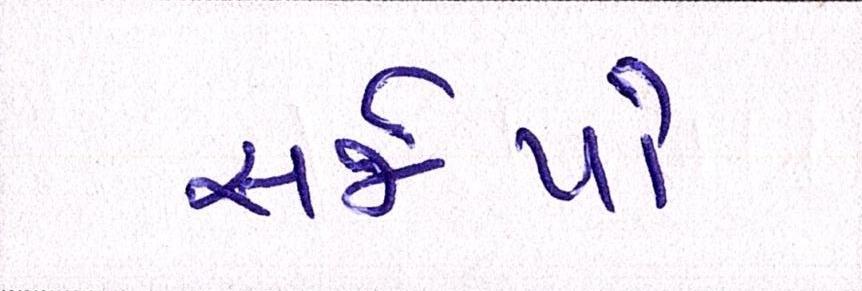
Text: સર્જયો